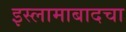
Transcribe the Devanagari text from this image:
इस्लामाबादचा